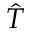
\hat { T }